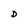
Character: D